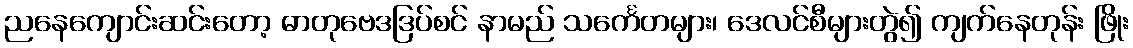
ညနေကျောင်းဆင်းတော့ ဓာတုဗေဒဒြပ်စင် နာမည် သင်္ကေတများ၊ ဒေလင်စီများတွဲ၍ ကျက်နေတုန်း ဖြိုး